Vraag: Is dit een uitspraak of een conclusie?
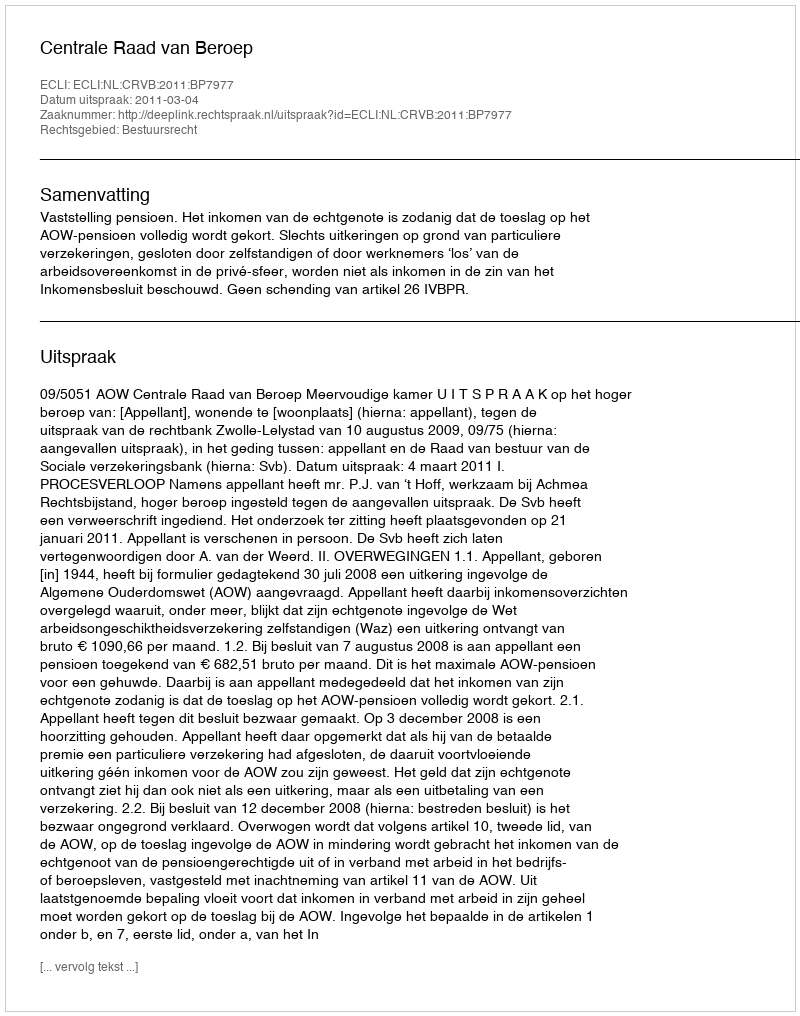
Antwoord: Uitspraak